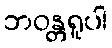
ဘဝန္တရူပါ